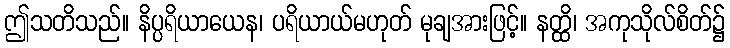
ဤသတိသည်။ နိပ္ပရိယာယေန၊ ပရိယာယ်မဟုတ် မုချအားဖြင့်။ နတ္ထိ၊ အကုသိုလ်စိတ်၌